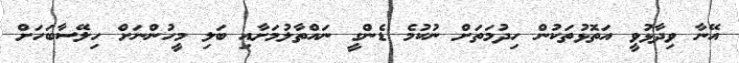
އޭނާ ވިދާޅުވީ އަތޮޅުތަކުން ހިދުމަތަށް ނުކުމެ ޑެންގީ ނައްތާލުމަށާއި ބަލި މީހުންނަށް ހިލޭސާބަހަށް